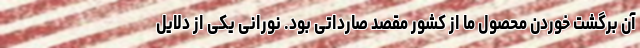
آن برگشت خوردن محصول ما از کشور مقصد صارداتی بود. نورانی یکی از دلایل